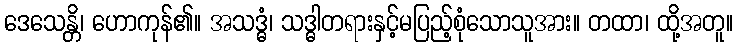
ဒေသေန္တိ၊ ဟောကုန်၏။ အသဒ္ဓံ၊ သဒ္ဓါတရားနှင့်မပြည့်စုံသောသူအား။ တထာ၊ ထို့အတူ။